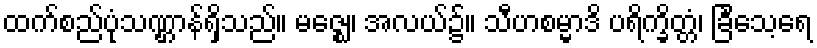
ထက်စည်ပုံသဏ္ဌာန်ရှိသည်။ မဇ္ဈေ၊ အလယ်၌။ သီဟစမ္မာဒိ ပရိက္ခိတ္တံ၊ ခြင်္သေ့ရေ